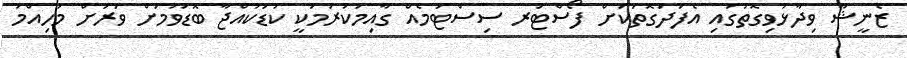
ޒެނީޝާ ވިދާޅުވިގޮތުގައި އެފަދަގޮތަކަށް ފޯސްޓަރ ސިސްޓަމެއް ގާއިމުކުރުމަކީ ކުޑަކުއްޖާ ބޮޑުވުމަށް ވަރަށް މުހިއްމު